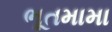
ભૂતમામા